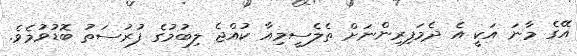
އޭގެ މާނަ އަކީ އެ ދެމަފިރިންނަށް ތެލެސީމިއާ ކުއްޖެ ލިބުމުގެ ފުރުސަތު ބޮޑުވުމެވެ.